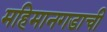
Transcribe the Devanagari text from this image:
महिमानगडाची